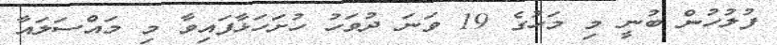
ފުލުހުން ބުނީ މި މަހުގެ 19 ވަނަ ދުވަހު ހުށަހަޅާފައިވާ މި މައްސަލައާ